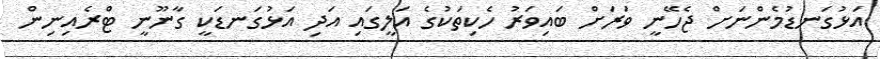
އަޅުގަނޑުމެންނަށް ޖެހޭނީ ވަރަށް ބައިވަރު ހެކިތަކުގެ އަލީގައި އަދި އަޅުގަނޑަކީ ގާނޫނީ ޓްރެއިނިން